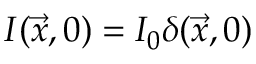
I ( \vec { x } , 0 ) = I _ { 0 } \delta ( \vec { x } , 0 )